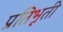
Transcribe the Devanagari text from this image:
प्रतिभूती